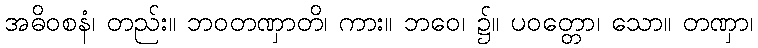
အဓိဝစနံ၊ တည်း။ ဘဝတဏှာတိ၊ ကား။ ဘဝေ၊ ၌။ ပဝတ္တော၊ သော။ တဏှာ၊